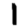
Digit: 1